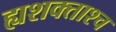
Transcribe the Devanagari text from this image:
ह्यशक्ताश्च